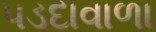
પડદાવાળા